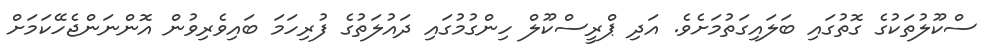
ސްކޫލުތަކުގެ ގޮތުގައި ބަލައިގަތުމަށެވެ. އަދި ޕްރީސްކޫލް ހިންގުމުގައި ދައުލަތުގެ ފުރިހަމަ ބައިވެރިވުން އޮންނަންޖެހޭކަމަށް